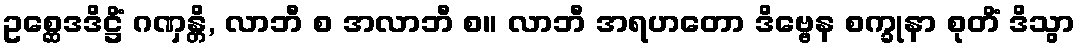
ဥစ္ဆေဒဒိဋ္ဌိံ ဂဏှန္တိ, လာဘီ စ အလာဘီ စ။ လာဘီ အရဟတော ဒိဗ္ဗေန စက္ခုနာ စုတိံ ဒိသွာ